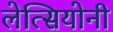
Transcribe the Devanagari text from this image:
लेत्सियोनी